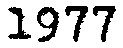
1977